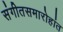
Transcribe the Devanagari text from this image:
संगीतसमारोहांत